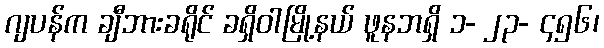
ဂျပန်က ချီဘားခရိုင် ခရှိဝါမြို့နယ် ဖူနဘရှိ ၁- ၂၃- ၄၅၆၊